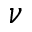
{ \nu }